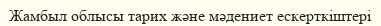
Жамбыл облысы тарих және мәдениет ескерткіштері